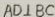
A D \bot B C